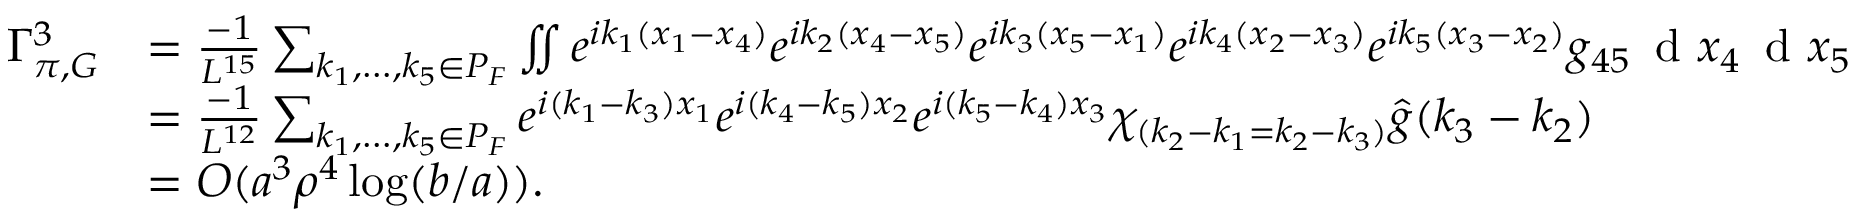
\begin{array} { r l } { \Gamma _ { \pi , G } ^ { 3 } } & { = \frac { - 1 } { L ^ { 1 5 } } \sum _ { k _ { 1 } , \ldots , k _ { 5 } \in P _ { F } } \iint e ^ { i k _ { 1 } ( x _ { 1 } - x _ { 4 } ) } e ^ { i k _ { 2 } ( x _ { 4 } - x _ { 5 } ) } e ^ { i k _ { 3 } ( x _ { 5 } - x _ { 1 } ) } e ^ { i k _ { 4 } ( x _ { 2 } - x _ { 3 } ) } e ^ { i k _ { 5 } ( x _ { 3 } - x _ { 2 } ) } g _ { 4 5 } \, \textnormal { d } x _ { 4 } \, \textnormal { d } x _ { 5 } } \\ & { = \frac { - 1 } { L ^ { 1 2 } } \sum _ { k _ { 1 } , \ldots , k _ { 5 } \in P _ { F } } e ^ { i ( k _ { 1 } - k _ { 3 } ) x _ { 1 } } e ^ { i ( k _ { 4 } - k _ { 5 } ) x _ { 2 } } e ^ { i ( k _ { 5 } - k _ { 4 } ) x _ { 3 } } \chi _ { ( k _ { 2 } - k _ { 1 } = k _ { 2 } - k _ { 3 } ) } \hat { g } ( k _ { 3 } - k _ { 2 } ) } \\ & { = O ( a ^ { 3 } \rho ^ { 4 } \log ( b / a ) ) . } \end{array}